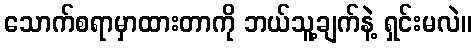
သောက်စရာမှာထားတာကို ဘယ်သူ့ချက်နဲ့ ရှင်းမလဲ။